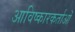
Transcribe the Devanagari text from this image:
आविष्कारकर्ताओं